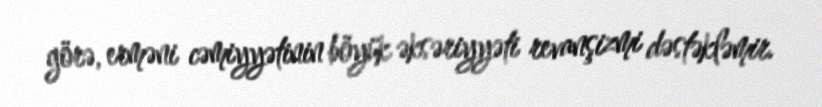
görə, erməni cəmiyyətinin böyük əksəriyyəti revanşizmi dəstəkləmir.